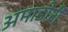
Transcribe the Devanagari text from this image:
अमाडोरी